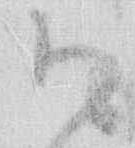
御